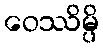
ဝေဿိမ္ပိ